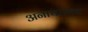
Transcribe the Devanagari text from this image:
अनाचाराला